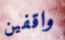
واقفين